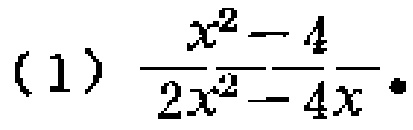
(1) $\frac{x^{2}-4}{2x^{2}-4x}$